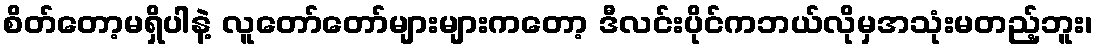
စိတ်တော့မရှိပါနဲ့ လူတော်တော်များများကတော့ ဒီလင်းပိုင်ကဘယ်လိုမှအသုံးမတည့်ဘူး၊